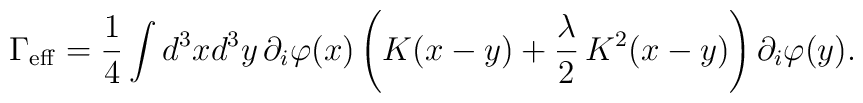
\Gamma_{\rm eff}=\frac{1}{4}\int d^3xd^3y\,\partial _i\varphi(x)\left(K(x-y)+\frac{\lambda }{2}\,K^2(x-y)\right)\partial _i\varphi(y).